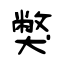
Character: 獘